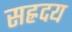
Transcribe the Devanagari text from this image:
सह्रदय